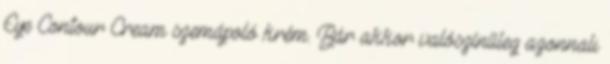
Eye Contour Cream szemápoló krém. Bár akkor valószínűleg azonnali